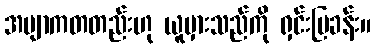
အဗျာကတတည်းဟု ယူမှားသည်ကို ရှင်းပြခန်း။